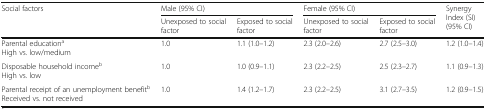
<table><thead><tr><td rowspan="2"><b>Social factors</b></td><td colspan="2"><b>Male (95% CI)</b></td><td colspan="2"><b>Female (95% CI)</b></td><td rowspan="2"><b>Synergy Index (SI)(95% CI)</b></td></tr><tr><td><b>Unexposed to social factor</b></td><td><b>Exposed to social factor</b></td><td><b>Unexposed to social factor</b></td><td><b>Exposed to social factor</b></td></tr></thead><tbody><tr><td>Parental education<sup>a</sup>High vs. low/medium</td><td>1.0</td><td>1.1 (1.0–1.2)</td><td>2.3 (2.0–2.6)</td><td>2.7 (2.5–3.0)</td><td>1.2 (1.0–1.4)</td></tr><tr><td>Disposable household income<sup>b</sup>High vs. low</td><td>1.0</td><td>1.0 (0.9–1.1)</td><td>2.3 (2.2–2.5)</td><td>2.5 (2.3–2.7)</td><td>1.1 (0.9–1.3)</td></tr><tr><td>Parental receipt of an unemployment benefit<sup>b</sup>Received vs. not received</td><td>1.0</td><td>1.4 (1.2–1.7)</td><td>2.3 (2.2–2.5)</td><td>3.1 (2.7–3.5)</td><td>1.2 (0.9–1.5)</td></tr></tbody></table>